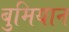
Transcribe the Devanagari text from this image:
बुमियान